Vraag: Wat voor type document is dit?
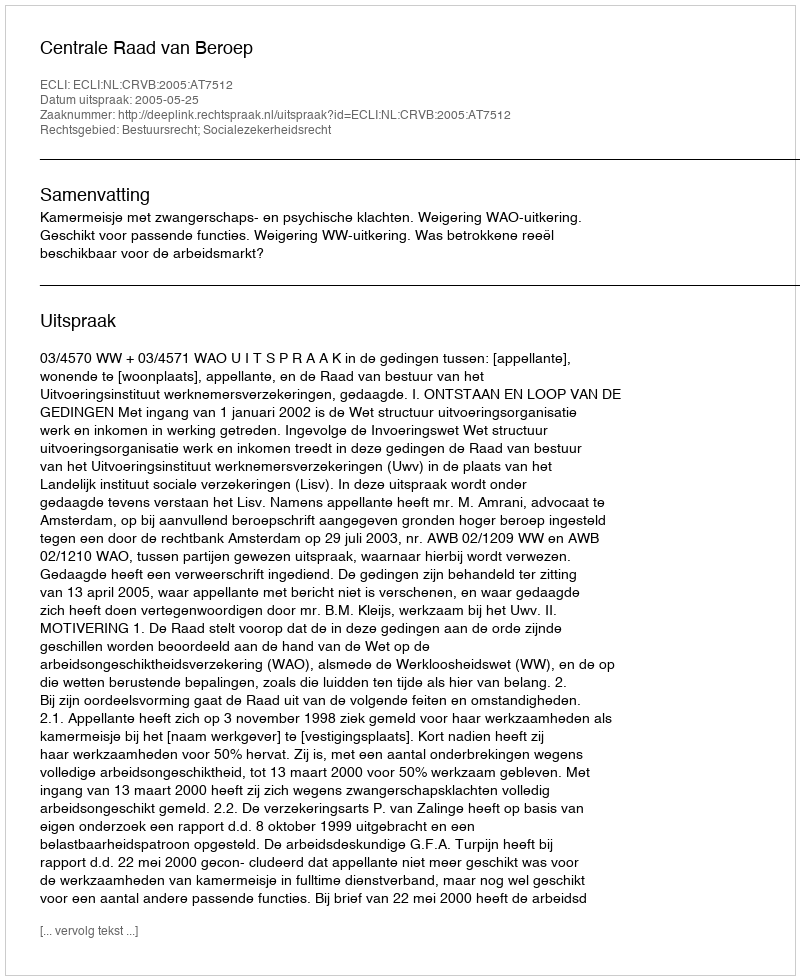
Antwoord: Uitspraak